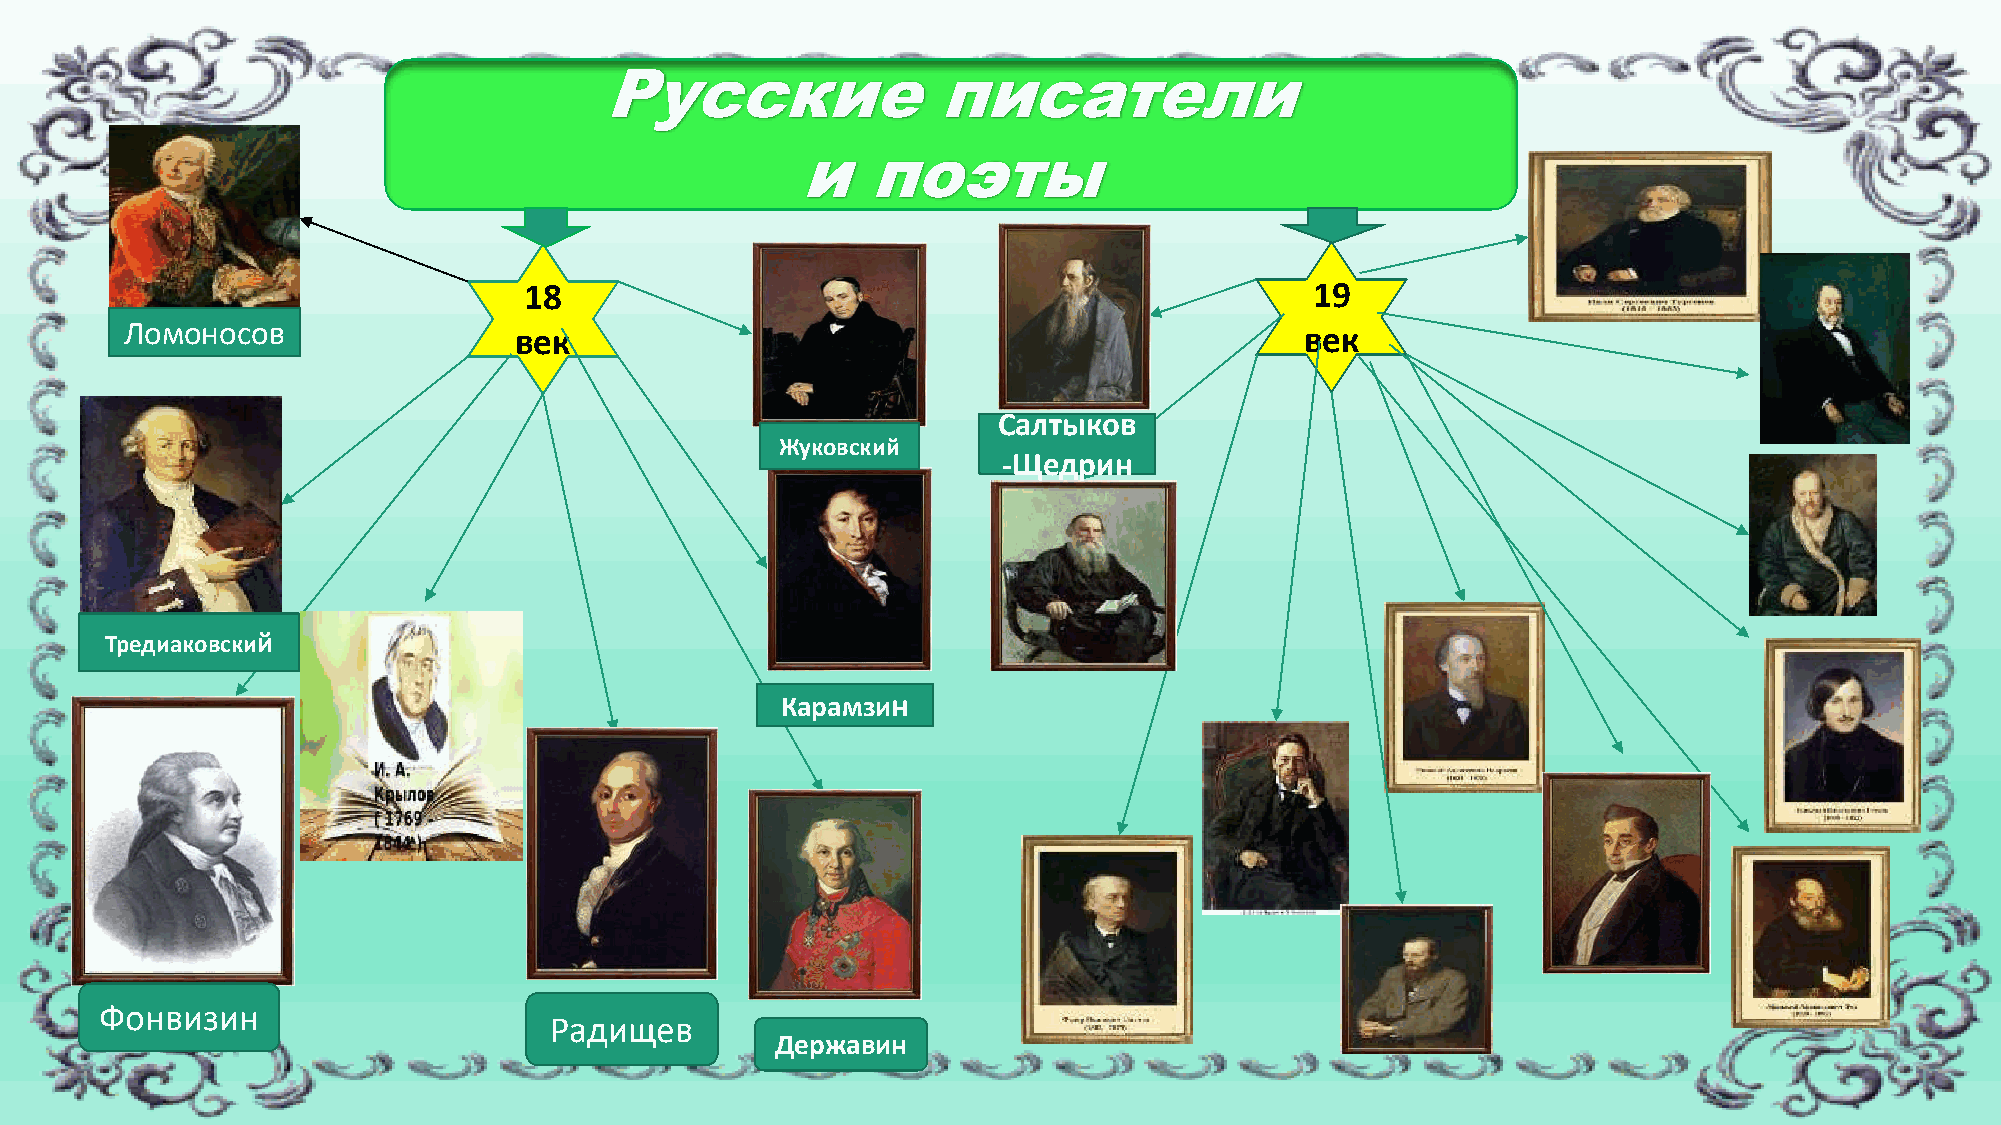
Русские               писатели
 и   поэты
 18                                                  19
 Ломоносов                 век                                                 век
 Салтыков
 Жуковский
 -Щедрин
 Тредиаковский
 Карамзин
 Фонвизин
 Радищев
 Державин